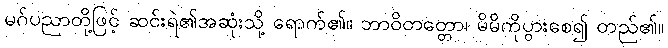
မဂ်ပညာတို့ဖြင့် ဆင်းရဲ၏အဆုံးသို့ ရောက်၏။ ဘာဝိတတ္တော၊ မိမိကိုပွားစေ၍ တည်၏။